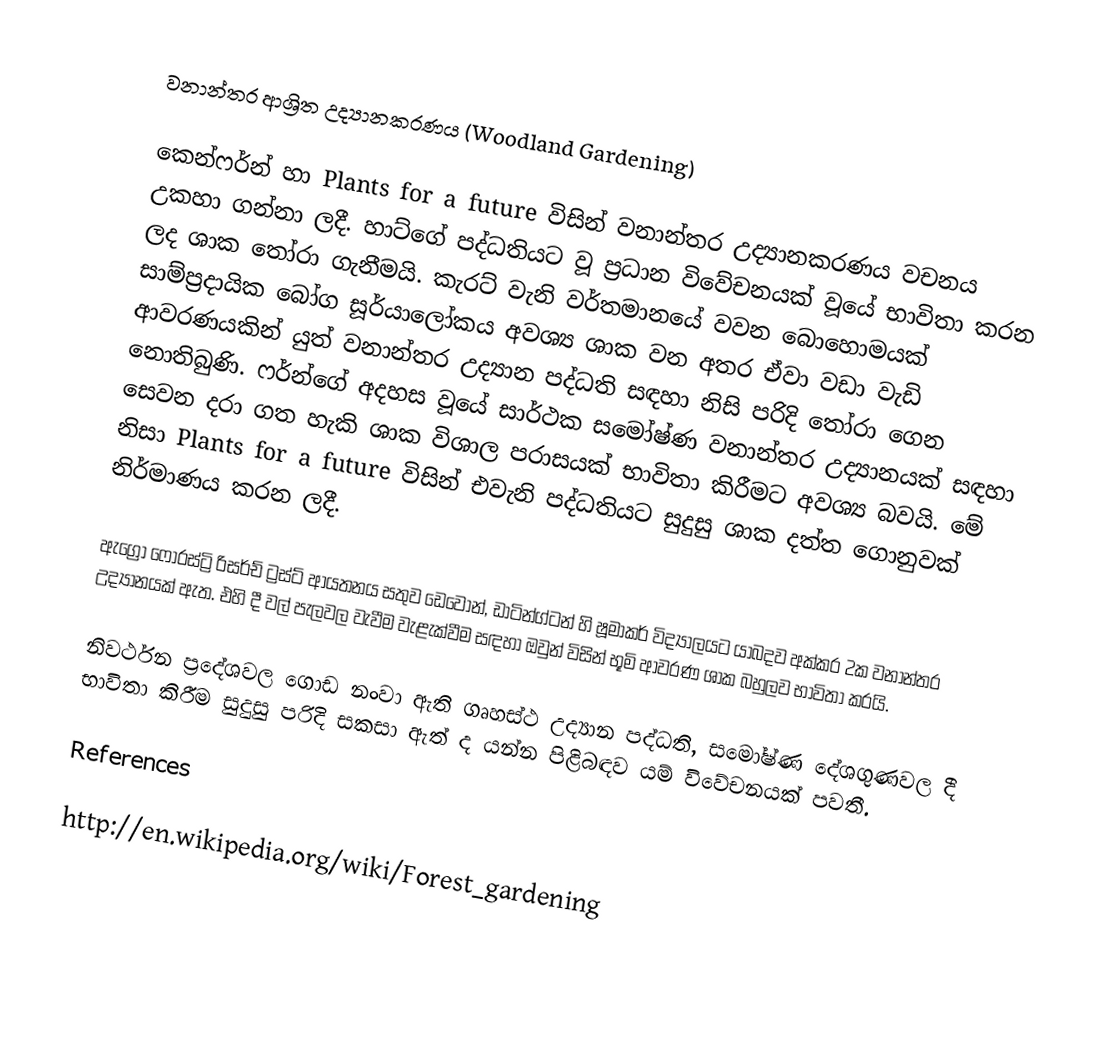
වනාන්තර ආශ්‍රිත උද්‍යානකරණය (Woodland Gardening)

කෙන්ෆර්න් හා Plants for a future විසින් වනාන්තර උද්‍යානකරණය වචනය උකහා ගන්නා ලදී. හාට්ගේ පද්ධතියට වූ ප්‍රධාන විවේචනයක් වූයේ භාවිතා කරන ලද ශාක තෝරා ගැනීමයි. කැරට් වැනි වර්තමානයේ වවන බොහොමයක් සාම්ප්‍රදායික බෝග සූර්යාලෝකය අවශ්‍ය ශාක වන අතර ඒවා වඩා වැඩි ආවරණයකින් යුත් වනාන්තර උද්‍යාන පද්ධති සඳහා නිසි පරිදි තෝරා ගෙන නොතිබුණි. ෆර්න්ගේ අදහස වූයේ සාර්ථක සමෝෂ්ණ වනාන්තර උද්‍යානයක් සඳහා සෙවන දරා ගත හැකි ශාක විශාල පරාසයක් භාවිතා කිරීමට අවශ්‍ය බවයි. මේ නිසා Plants for a future විසින් එවැනි පද්ධතියට සුදුසු ශාක දත්ත ගොනුවක් නිර්මාණය කරන ලදී.

ඇග්‍රො ෆොරස්ට්‍රි රිසර්ච් ට්‍රස්ට් ආයතනය සතුව ඩෙවෝන්, ඩාටින්ග්ටන් හි ෂූමාකර් විද්‍යාලයට යාබදව අක්කර 2ක වනාන්තර උද්‍යානයක් ඇත. එහි දී වල් පැලවල වැවීම වැළැක්වීම සඳහා ඔවුන් විසින් භූමි ආවරණ ශාක බහුලව භාවිතා කරයි.

නිවර්ථන ප්‍රදේශවල ගොඩ නංවා ඇති ගෘහස්ථ උද්‍යාන පද්ධති, සමෝෂ්ණ දේශගුණවල දී භාවිතා කිරීම සුදුසු පරිදි සකසා ඇත් ද යන්න පිළිබඳව යම් විවේචනයක් පවතී.

References

http://en.wikipedia.org/wiki/Forest_gardening